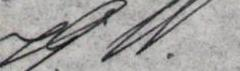
J.W.